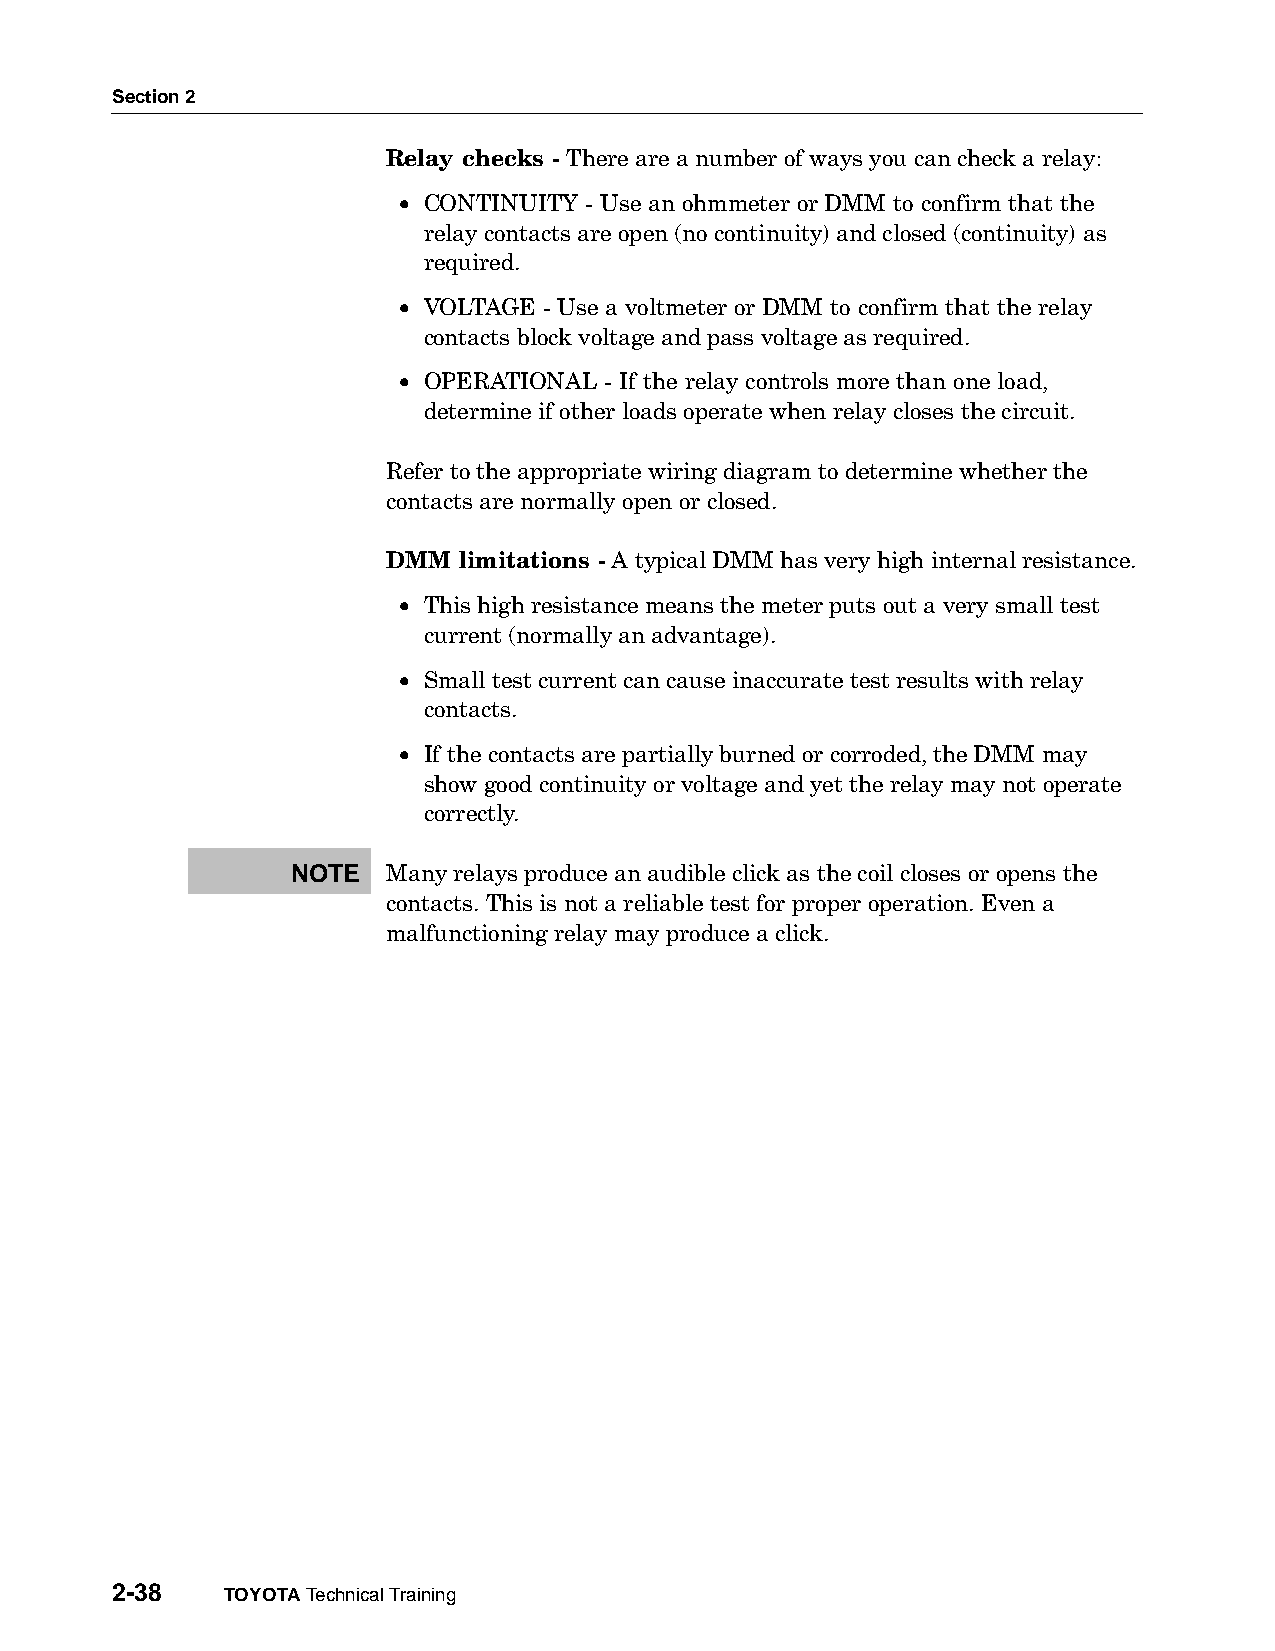
Section 2
 Relay checks - There are a number of ways you can check a relay:
 • CONTINUITY - Use an ohmmeter or DMM to confirm that the
 relay contacts are open (no continuity) and closed (continuity) as
 required.
 • VOLTAGE - Use a voltmeter or DMM to confirm that the relay
 contacts block voltage and pass voltage as required.
 • OPERATIONAL - If the relay controls more than one load,
 determine if other loads operate when relay closes the circuit.
 Refer to the appropriate wiring diagram to determine whether the
 contacts are normally open or closed.
 DMM limitations - A typical DMM has very high internal resistance.
 • This high resistance means the meter puts out a very small test
 current (normally an advantage).
 • Small test current can cause inaccurate test results with relay
 contacts.
 • If the contacts are partially burned or corroded, the DMM may
 show good continuity or voltage and yet the relay may not operate
 correctly.
 NOTE   Many relays produce an audible click as the coil closes or opens the
 contacts. This is not a reliable test for proper operation. Even a
 malfunctioning relay may produce a click.
 2-38    TOYOTA Technical Training